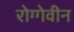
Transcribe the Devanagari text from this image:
रोग्गेवीन